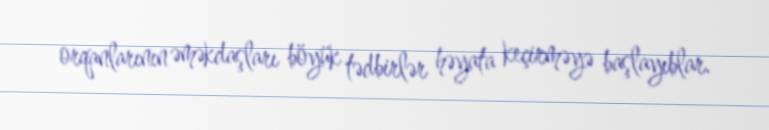
orqanlarının əməkdaşları böyük tədbirlər həyata keçirməyə başlayıblar.